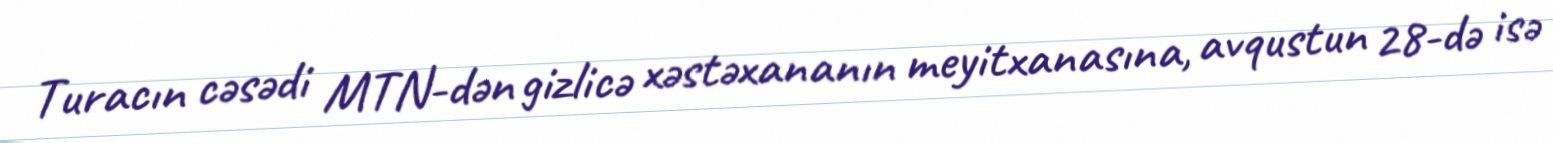
Turacın cəsədi MTN-dən gizlicə xəstəxananın meyitxanasına, avqustun 28-də isə